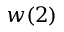
w ( 2 )